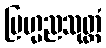
ဗြဟ္မညသုတ္တံ